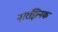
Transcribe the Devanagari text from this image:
नारझिनक